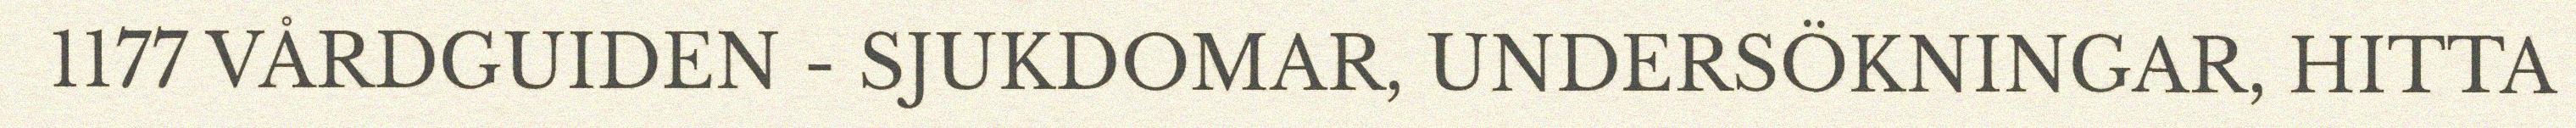
1177 VÅRDGUIDEN - SJUKDOMAR, UNDERSÖKNINGAR, HITTA